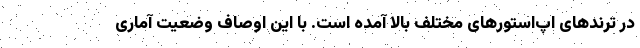
در ترندهای اپ‌استورهای مختلف بالا آمده است. با این اوصاف وضعیت آماری